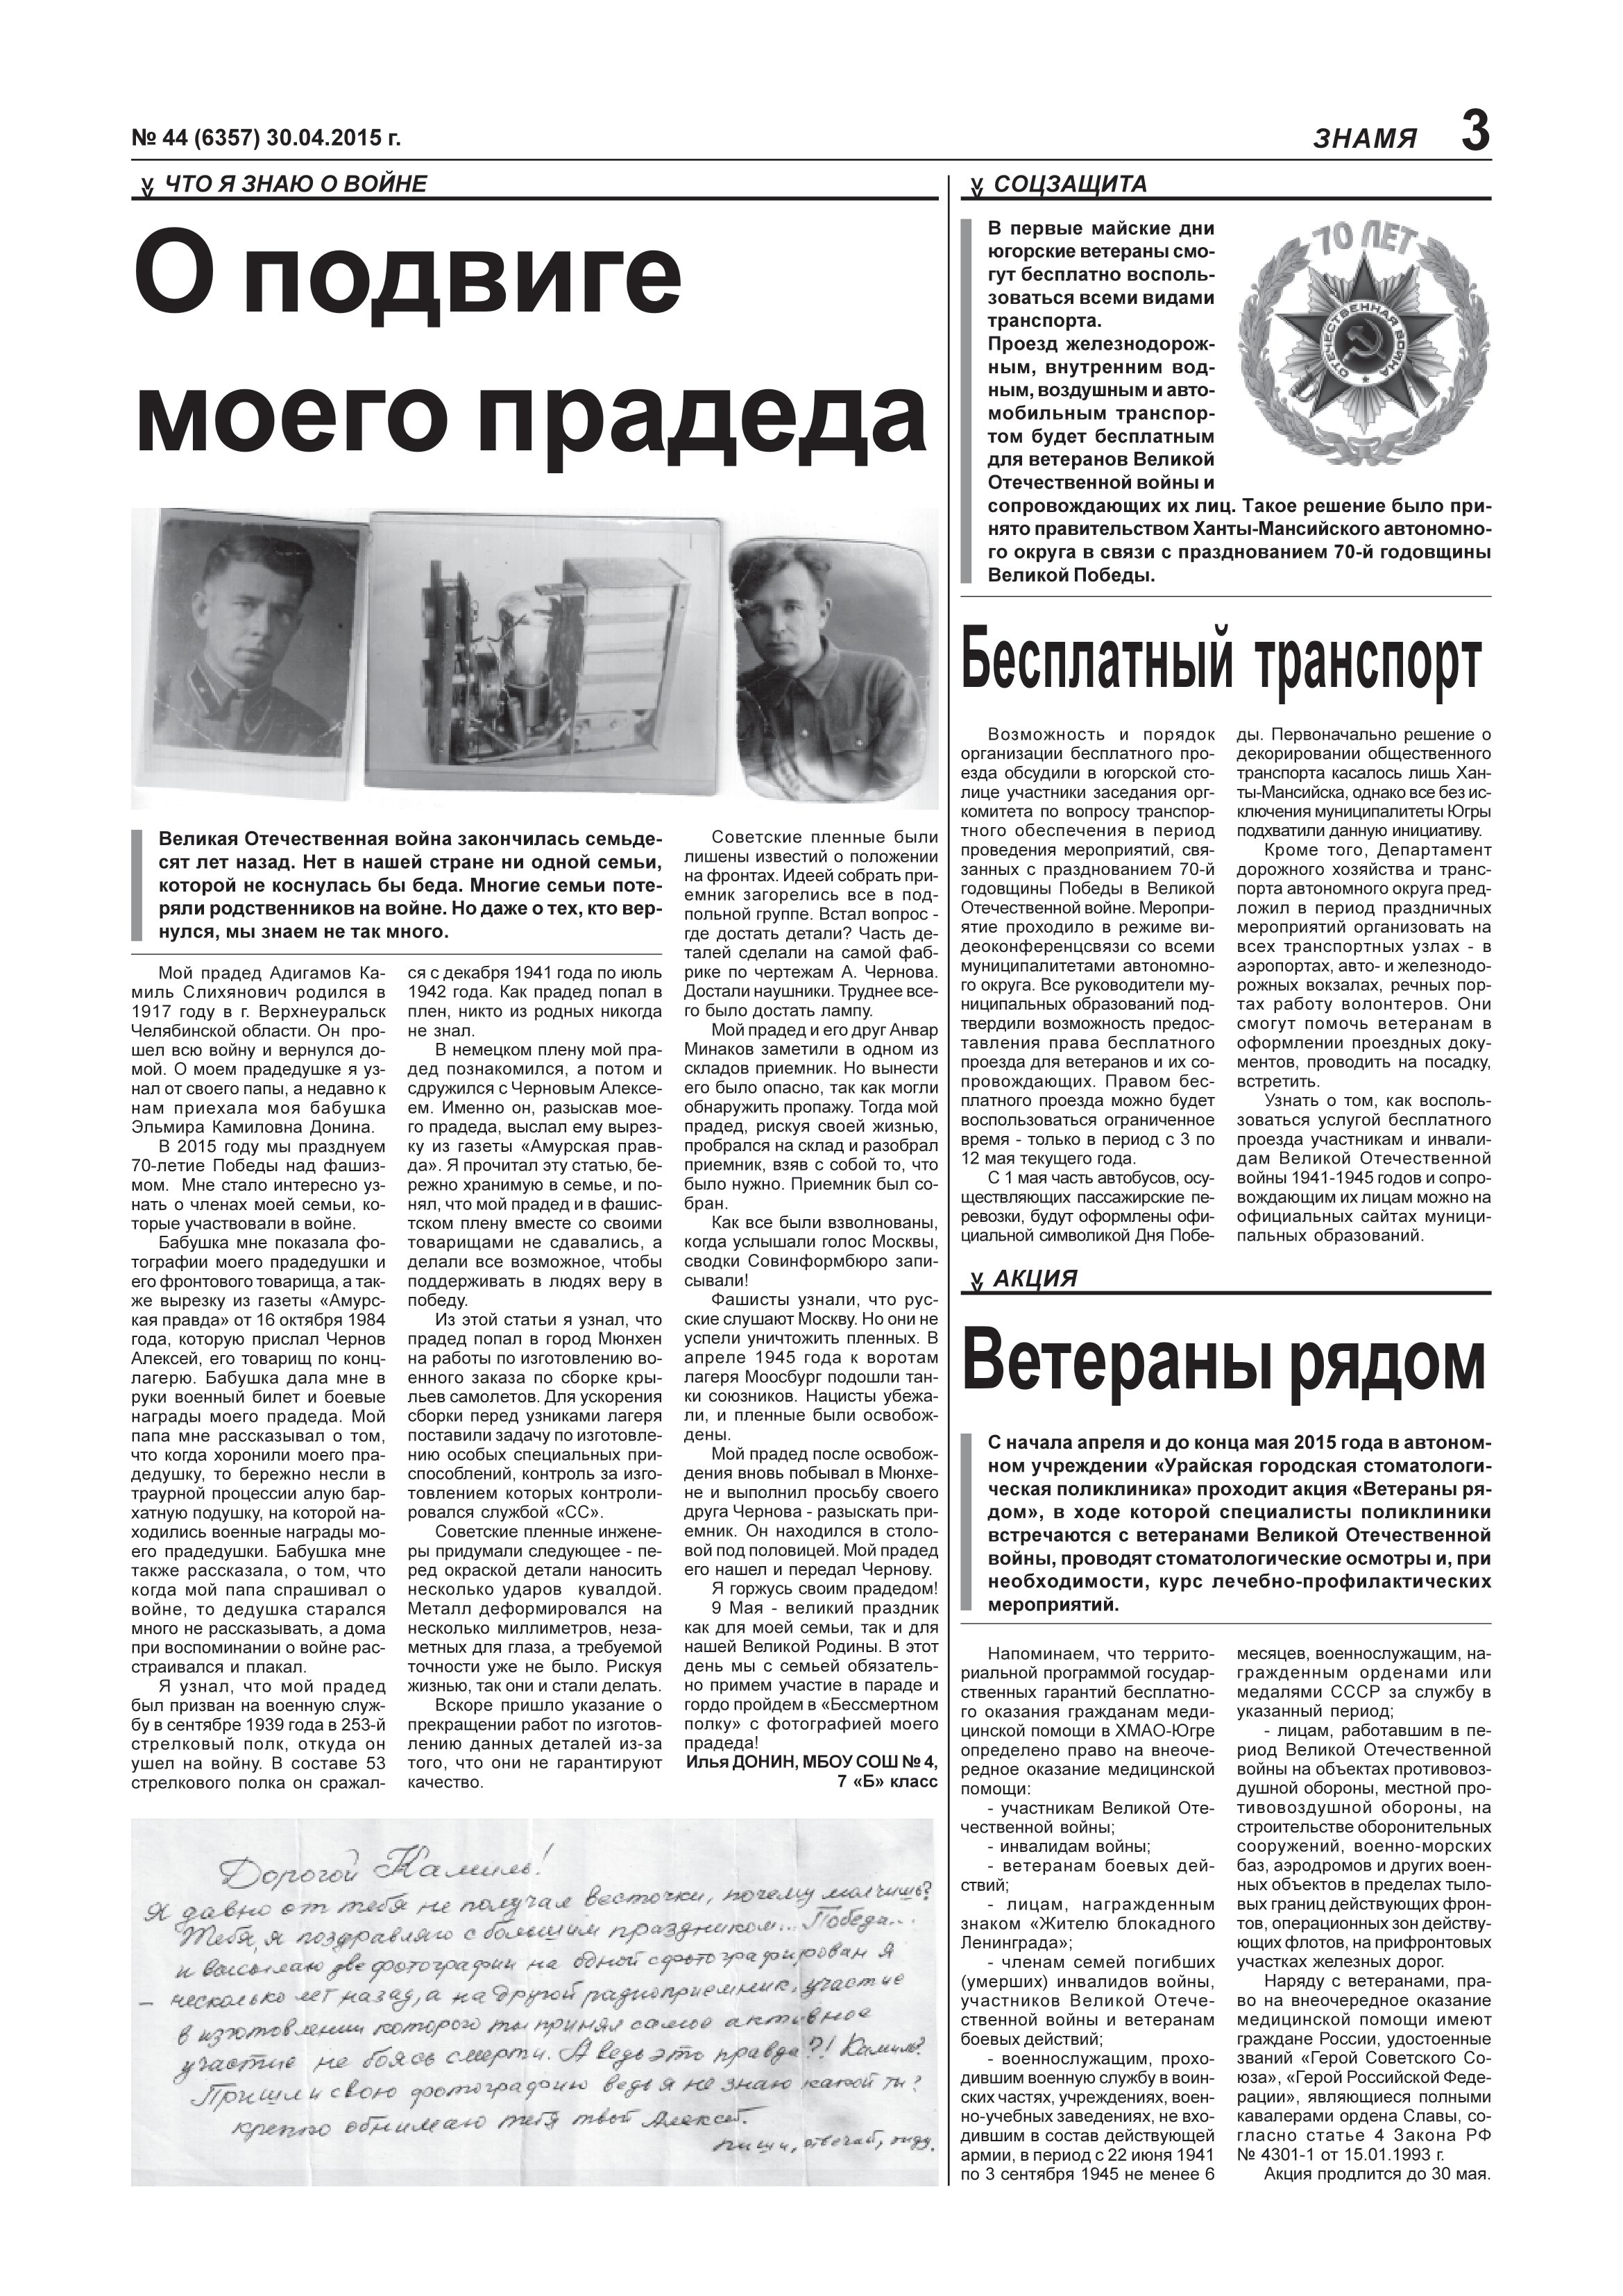
Language: ru